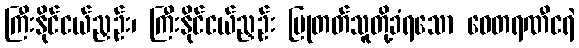
ကြီးနိုင်ငယ်ညှဉ်း၊ ကြီးနိုင်ငယ်ညှဉ်း ပြုတတ်သူတို့ခံရသော ဝေတရဏီငရဲ